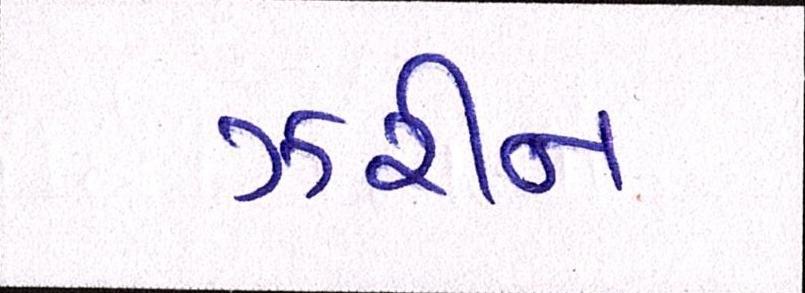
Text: ઝરીન